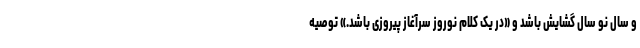
و سال نو سال گشایش باشد و «در یک کلام نوروز سرآغاز پیروزی باشد.» توصیه